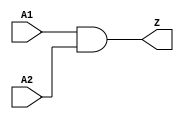
// This program was cloned from: https://github.com/colognechip/gatemate_ila
// License: GNU General Public License v3.0

// Company           :   RacyICs                      
//                                
// Project Name      :   p_ri    
// Subproject Name   :   s_common    
// Description       :   common and2 cell          
//
// Last Change       :   $Date$
// by                :   $Author$                              
// -----------------------------------------------------------------------------
// Version   |  Author    |  Date         |  Comment
// -----------------------------------------------------------------------------
// 1.0       |  rudolph   | 9 Juli 2013   |  initial release
// -----------------------------------------------------------------------------
module common_and2 (   A1,
					   A2,
					   Z
					   );
   
   // synopsys translate_off
   parameter C_DELAY = 0.0;
   // synopsys translate_on

  input A1;
  input A2;
  output Z;
  
  
  // synopsys translate_off
  generate
	if (C_DELAY > 0) begin: DELAY
	  assign #C_DELAY Z = A1&A2;
	end
	else begin: NO_DELAY
  // synopsys translate_on
	  assign Z = A1&A2;
  // synopsys translate_off
    end
  endgenerate
  // synopsys translate_on
	  
endmodule